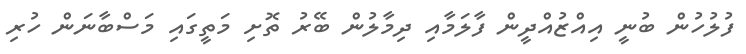
ފުލުހުން ބުނީ އިއްޒުއްދީން ފާލަމާއި ދިމާލުން ބޭރު ތޮށި މަތީގައި މަސްބާނަން ހުރި